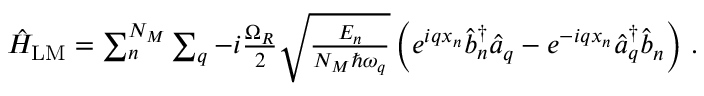
\begin{array} { r } { \hat { H } _ { \mathrm { L M } } = \sum _ { n } ^ { N _ { M } } \sum _ { q } - i \frac { \Omega _ { R } } { 2 } \sqrt { \frac { E _ { n } } { N _ { M } \hbar \omega _ { q } } } \left( e ^ { i q x _ { n } } \hat { b } _ { n } ^ { \dagger } \hat { a } _ { q } - e ^ { - i q x _ { n } } \hat { a } _ { q } ^ { \dagger } \hat { b } _ { n } \right) \, . } \end{array}